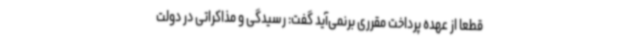
قطعا از عهده پرداخت مقرری برنمی‌آید گفت: رسیدگی و مذاکراتی در دولت